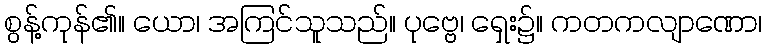
စွန့်ကုန်၏။ ယော၊ အကြင်သူသည်။ ပုဗ္ဗေ၊ ရှေး၌။ ကတကလျာဏော၊